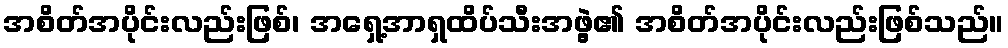
အစိတ်အပိုင်းလည်းဖြစ်၊ အရှေ့အာရှထိပ်သီးအဖွဲ့၏ အစိတ်အပိုင်းလည်းဖြစ်သည်။